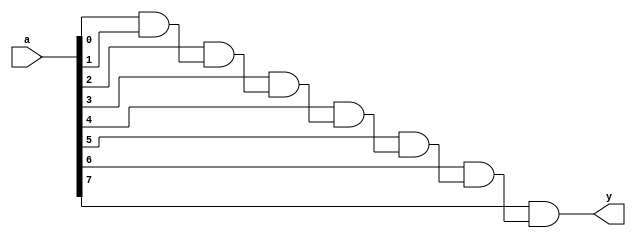
module and_or_array
# (parameter width = 8, sel=1) 
(input [width-1:0] a,   
output y);
genvar i;
wire [width-1:1] x;
generate    
		if (sel==1)
			for (i=1; i<width; i=i+1) begin:forloop
				if (i == 1)
					assign x[1] = a[0] & a[1];
				else
					assign x[i] = a[i] & x[i-1];
			end
		else
			for (i=1; i<width; i=i+1) begin:forloop
				if (i == 1)
					assign x[1] = a[0] | a[1];
				else
					assign x[i] = a[i] | x[i-1];
			end
endgenerate
	assign y = x[width-1];
endmodule